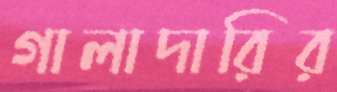
গালাদারির